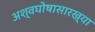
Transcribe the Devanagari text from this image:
अश्वघोषासारख्या